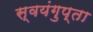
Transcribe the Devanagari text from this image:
स्वयंगुप्ता